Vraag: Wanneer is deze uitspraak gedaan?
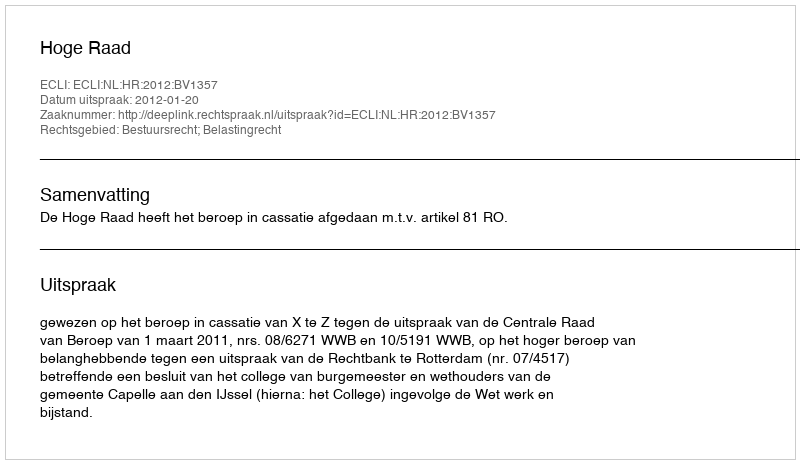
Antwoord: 2012-01-20